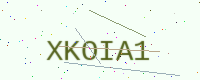
Text: XKOIA1